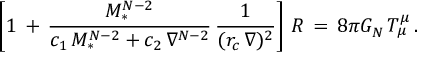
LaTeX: \left[ 1 \, + \, { \frac { M _ { * } ^ { N - 2 } } { c _ { 1 } \, M _ { * } ^ { N - 2 } + c _ { 2 } \, \nabla ^ { N - 2 } } } \, { \frac { 1 } { ( r _ { c } \, \nabla ) ^ { 2 } } } \right] \, R \, = \, 8 \pi G _ { N } \, T _ { \mu } ^ { \mu } \, .